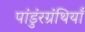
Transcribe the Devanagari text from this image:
पांडुंरग्रंथियाँ